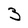
Character: 3